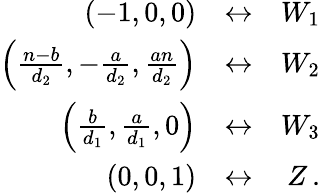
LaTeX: \begin{array}{rlr}{(-1,0,0)}&{\leftrightarrow}&{W_{1}}\\ {\left(\frac{n-b}{d_{2}},-\frac{a}{d_{2}},\frac{an}{d_{2}}\right)}&{\leftrightarrow}&{W_{2}}\\ {\left(\frac{b}{d_{1}},\frac{a}{d_{1}},0\right)}&{\leftrightarrow}&{W_{3}}\\ {(0,0,1)}&{\leftrightarrow}&{Z\, .}\end{array}